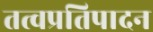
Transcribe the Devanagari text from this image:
तत्वप्रतिपादन